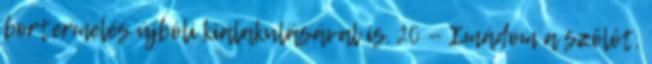
bortermelés újbóli kialakulásával is. 20 — Imádom a szôlôt,